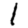
Digit: 1